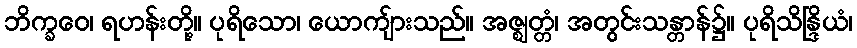
ဘိက္ခဝေ၊ ရဟန်းတို့။ ပုရိသော၊ ယောကျ်ားသည်။ အဇ္ဈတ္တံ၊ အတွင်းသန္တာန်၌။ ပုရိသိန္ဒြိယံ၊